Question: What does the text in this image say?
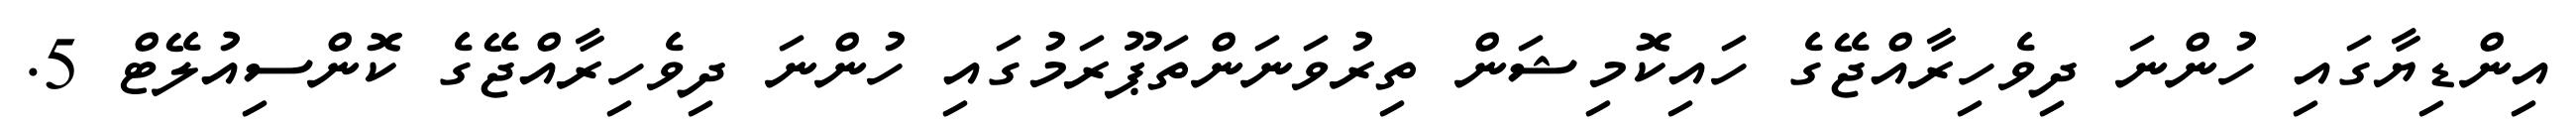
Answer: އިންޑިޔާގައި ހުންނަ ދިވެހިރާއްޖޭގެ ހައިކޮމިޝަން ތިރުވަނަންތަޕޫރަމުގައި ހުންނަ ދިވެހިރާއްޖޭގެ ކޮންސިއުލޭޓް 5.